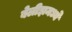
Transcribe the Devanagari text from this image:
बेलीझमध्ये